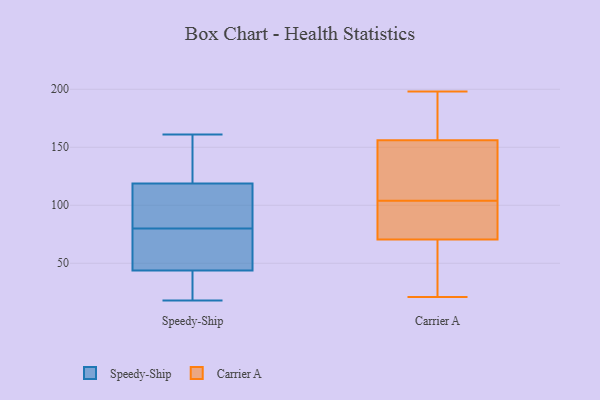
{"axis": {"x": "Latency (ms)", "y": "Value"}, "legend": ["Carrier A", "Speedy-Ship"], "data": [{"x": "", "y": 31, "type": "Speedy-Ship"}, {"x": "", "y": 150, "type": "Speedy-Ship"}, {"x": "", "y": 161, "type": "Speedy-Ship"}, {"x": "", "y": 78, "type": "Speedy-Ship"}, {"x": "", "y": 37, "type": "Speedy-Ship"}, {"x": "", "y": 109, "type": "Speedy-Ship"}, {"x": "", "y": 122, "type": "Speedy-Ship"}, {"x": "", "y": 18, "type": "Speedy-Ship"}, {"x": "", "y": 64, "type": "Speedy-Ship"}, {"x": "", "y": 80, "type": "Speedy-Ship"}, {"x": "", "y": 104, "type": "Speedy-Ship"}, {"x": "", "y": 21, "type": "Carrier A"}, {"x": "", "y": 122, "type": "Carrier A"}, {"x": "", "y": 54, "type": "Carrier A"}, {"x": "", "y": 177, "type": "Carrier A"}, {"x": "", "y": 127, "type": "Carrier A"}, {"x": "", "y": 114, "type": "Carrier A"}, {"x": "", "y": 62, "type": "Carrier A"}, {"x": "", "y": 81, "type": "Carrier A"}, {"x": "", "y": 82, "type": "Carrier A"}, {"x": "", "y": 80, "type": "Carrier A"}, {"x": "", "y": 163, "type": "Carrier A"}, {"x": "", "y": 137, "type": "Carrier A"}, {"x": "", "y": 59, "type": "Carrier A"}, {"x": "", "y": 42, "type": "Carrier A"}, {"x": "", "y": 198, "type": "Carrier A"}, {"x": "", "y": 196, "type": "Carrier A"}, {"x": "", "y": 79, "type": "Carrier A"}, {"x": "", "y": 149, "type": "Carrier A"}, {"x": "", "y": 180, "type": "Carrier A"}, {"x": "", "y": 94, "type": "Carrier A"}]}